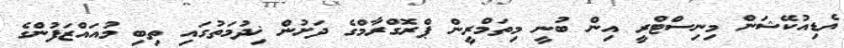
އެޑިއުކޭޝަން މިނިސްޓްރީ އިން ބުނީ މިތަމްރީން ޕްރޮގްރާމްގެ ދަށުން ޚިދުމަތުގައި ތިބި މުއައްޒަފުންގެ